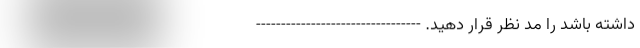
داشته باشد را مد نظر قرار دهید. ---------------------------------